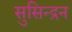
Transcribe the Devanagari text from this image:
सुसिन्द्रन